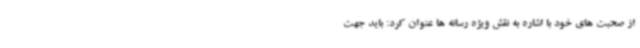
از صحبت های خود با اشاره به نقش ویژه رسانه ها عنوان کرد: باید جهت